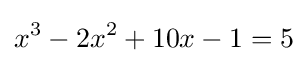
x^{3}-2x^{2}+10x-1=5